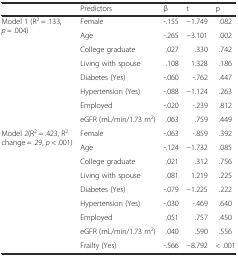
<table><thead><tr><td></td><td><b>Predictors</b></td><td><b>β</b></td><td><b>t</b></td><td><b>p</b></td></tr></thead><tbody><tr><td rowspan="8">Model 1 (R<sup>2</sup> = .133, <i>p</i> = .004)</td><td>Female</td><td>-.155</td><td>−1.749</td><td>.082</td></tr><tr><td>Age</td><td>-.265</td><td>−3.101</td><td>.002</td></tr><tr><td>College graduate</td><td>.027</td><td>.330</td><td>.742</td></tr><tr><td>Living with spouse</td><td>.108</td><td>1.328</td><td>.186</td></tr><tr><td>Diabetes (Yes)</td><td>-.060</td><td>-.762</td><td>.447</td></tr><tr><td>Hypertension (Yes)</td><td>-.088</td><td>−1.124</td><td>.263</td></tr><tr><td>Employed</td><td>-.020</td><td>-.239</td><td>.812</td></tr><tr><td>eGFR (mL/min/1.73 m<sup>2</sup>)</td><td>.063</td><td>.759</td><td>.449</td></tr><tr><td rowspan="9">Model 2(R<sup>2</sup> = .423, R<sup>2</sup> change = .29, <i>p</i> &lt; .001)</td><td>Female</td><td>-.063</td><td>-.859</td><td>.392</td></tr><tr><td>Age</td><td>-.124</td><td>−1.732</td><td>.085</td></tr><tr><td>College graduate</td><td>.021</td><td>.312</td><td>.756</td></tr><tr><td>Living with spouse</td><td>.081</td><td>1.219</td><td>.225</td></tr><tr><td>Diabetes (Yes)</td><td>-.079</td><td>−1.225</td><td>.222</td></tr><tr><td>Hypertension (Yes)</td><td>-.030</td><td>-.469</td><td>.640</td></tr><tr><td>Employed</td><td>.051</td><td>.757</td><td>.450</td></tr><tr><td>eGFR (mL/min/1.73 m<sup>2</sup>)</td><td>.040</td><td>.590</td><td>.556</td></tr><tr><td>Frailty (Yes)</td><td>-.566</td><td>−8.792</td><td>&lt; .001</td></tr></tbody></table>